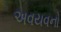
અવયવનો